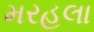
મરહલા